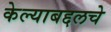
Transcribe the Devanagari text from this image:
केल्याबद्दलचे